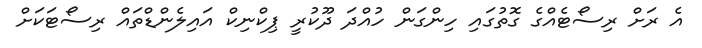
އެ ރަށް ރިސޯޓެއްގެ ގޮތުގައި ހިންގަން ހުއްދަ ދޫކުރީ ޕިކްނިކް އައިލެންޑްތައް ރިސޯޓަކަށް